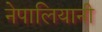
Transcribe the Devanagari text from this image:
नेपालियानी